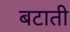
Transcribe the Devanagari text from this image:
बटाती